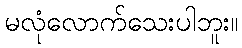
မလုံလောက်သေးပါဘူး။